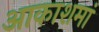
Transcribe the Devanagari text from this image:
आकाशमां